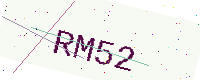
Text: RM52